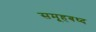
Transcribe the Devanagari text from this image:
समूहबध्द